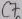
Text: C7